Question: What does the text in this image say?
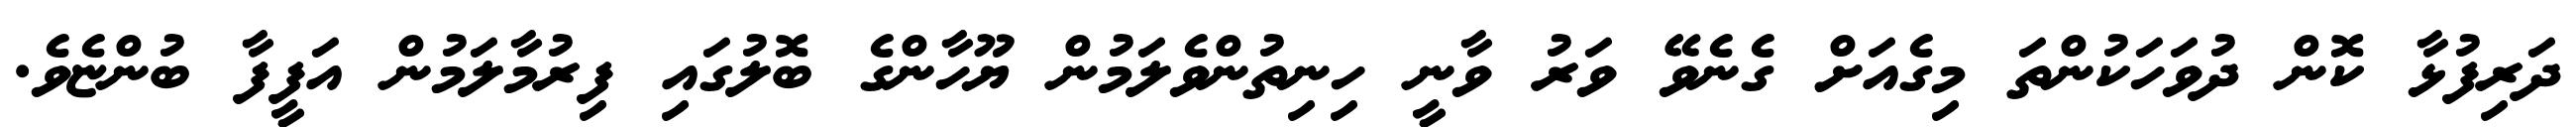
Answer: ދަރިފުޅާ ކޮން ދުވަހަކުންތަ މިގެއަށް ގެނެވޭ ވަރު ވާނީ ހިނިތުންވެލަމުން ޔޫހާންގެ ބޮލުގައި ފިރުމާލަމުން އަފީފާ ބުންޏެވެ.